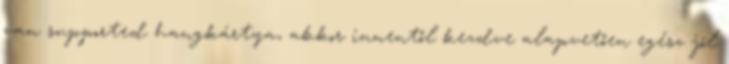
van supported hangkártya, akkor innentől kezdve alapvetően egész jól